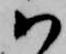
ハ